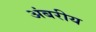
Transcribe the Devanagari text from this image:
अंबरीय